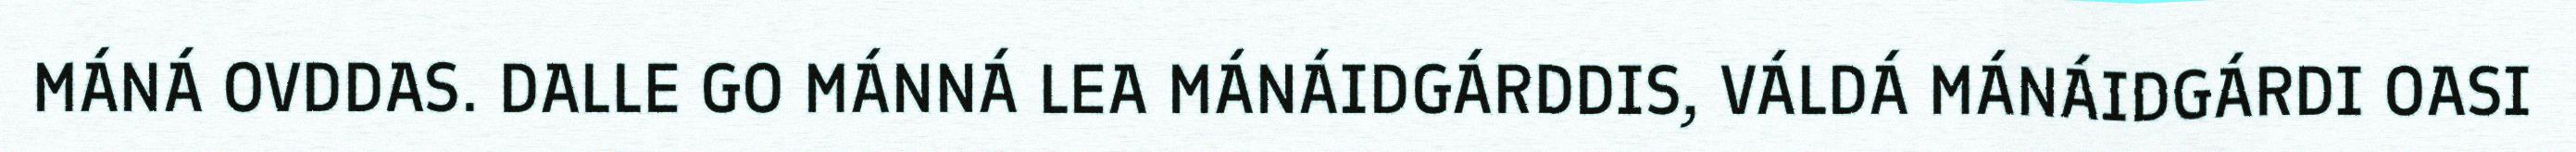
MÁNÁ OVDDAS. DALLE GO MÁNNÁ LEA MÁNÁIDGÁRDDIS, VÁLDÁ MÁNÁIDGÁRDI OASI